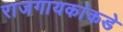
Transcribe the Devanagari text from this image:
राजगायकांकडे